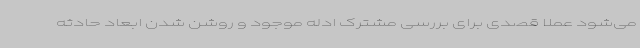
می‌شود عملا قصدی برای بررسی مشترک ادله موجود و روشن شدن ابعاد حادثه